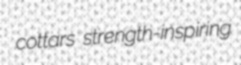
cottars strength-inspiring